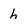
Character: h